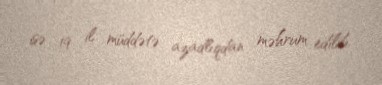
isə 19 il müddətə azadlıqdan məhrum edilib.